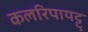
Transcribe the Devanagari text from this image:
कलरिपायट्टु